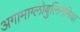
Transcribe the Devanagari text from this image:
अगामाग्लोबुलिनेमिया